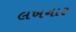
લખનાર